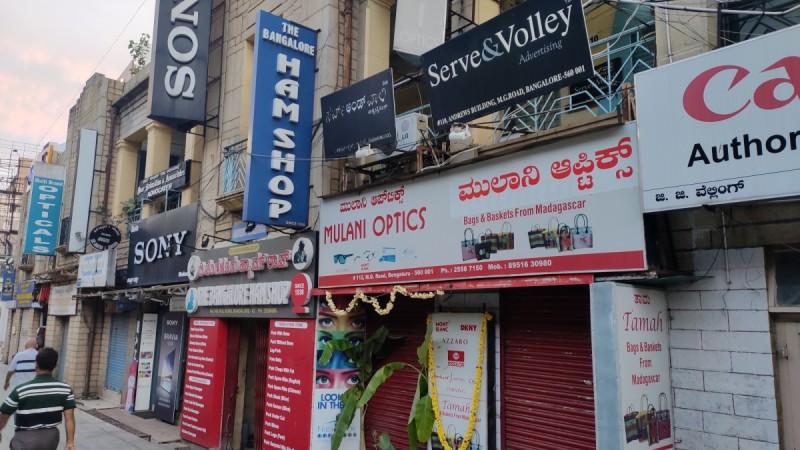
Language: kannada
Transcription: ಮುಲಾನಿ